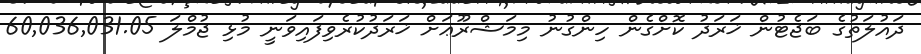
ދައުލަތުގެ ބަޖެޓުން ޚަރަދު ކޮށްގެން ހިންގުނު މިމަޝްރޫޢަށް ޚަރަދުކުރެވިފައިވަނީ މުޅި ޖުމްލަ 60